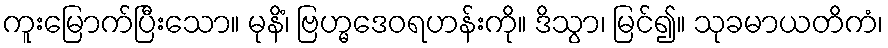
ကူးမြောက်ပြီးသော။ မုနိံ၊ ဗြဟ္မဒေဝရဟန်းကို။ ဒိသွာ၊ မြင်၍။ သုခမာယတိကံ၊